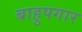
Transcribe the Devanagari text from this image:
बाहुपगार